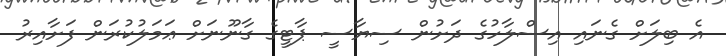
އެ ބިލަށް ގެނައި އިސްލާހުގެ ދަށުން ސިޔާސީ ޕާޓީގެ ގާނޫނަށް ޢަމަލުކުރަން ފަށާއިރު